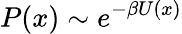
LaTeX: P(x)\sim e^{-\beta U(x)}